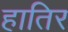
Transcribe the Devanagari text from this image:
हातिर